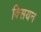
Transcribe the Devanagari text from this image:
क्सियन